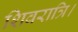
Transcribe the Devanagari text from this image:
शिवरात्रि।